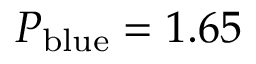
P _ { \mathrm { b l u e } } = 1 . 6 5